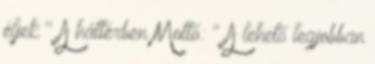
éljek " A háttérben Mottó: " A lehető legjobban